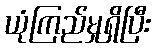
ယုံကြည်မှုရှိပြီး